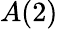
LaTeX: A(2)